Annual administration report of the Civil Veterinary Department of India - 1894-1895
Year: 1894
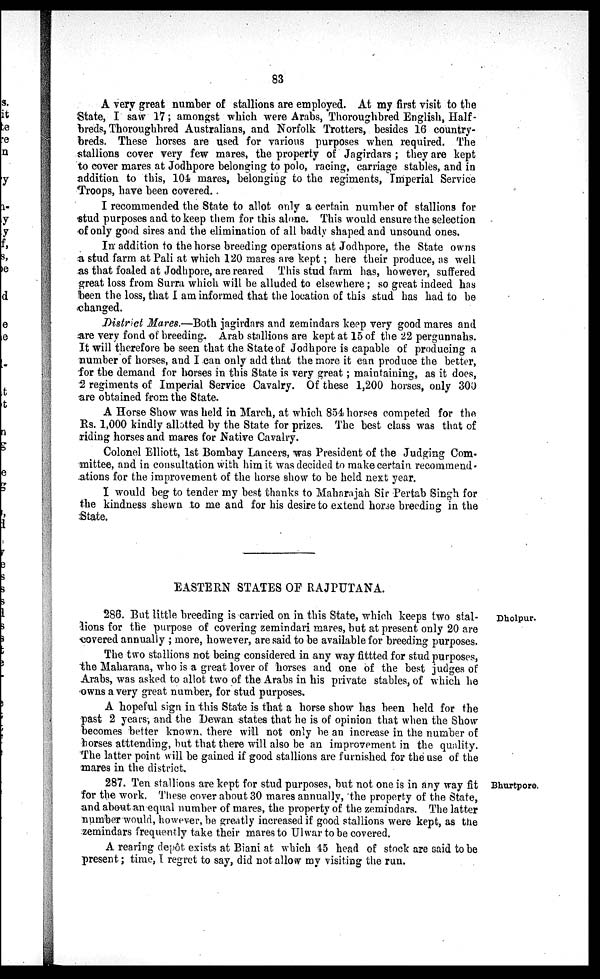
83
A very great number of stallions are employed. At my first visit to the
State, I saw 17; amongst which were Arabs, Thoroughbred English, Half -
breds, Thoroughbred Australians, and Norfolk Trotters, besides 16 country-
breds. These horses are used for various purposes when required. The
stallions cover very few mares, the property of Jagirdars ; they are kept
to cover mares at Jodhpore belonging to polo, racing, carriage stables, and in
addition to this, 104 mares, belonging to the regiments, Imperial Service
Troops, have been covered.
I recommended the State to allot only a certain number of stallions for
stud purposes and to keep them for this alone. This would ensure the selection
of only good sires and the elimination of all badly shaped and unsound ones.
In addition to the horse breeding operations at Jodhpore, the State owns
a stud farm at Pali at which 120 mares are kept; here their produce, as well
as that foaled at Jodhpore, are reared This stud farm has, however, suffered
great loss from Surra which will be alluded to elsewhere; so great indeed has
been the loss, that I am informed that the location of this stud has had to be
changed.
District Mares.—Both jagirdars and zemindars keep very good mares and
are very fond of breeding. Arab stallions are kept at 15 of the 22 pergunnahs.
It will therefore be seen that the State of Jodhpore is capable of producing a
number of horses, and I can only add that the more it can produce the better,
for the demand for horses in this State is very great; maintaining, as it does,
2 regiments of Imperial Service Cavalry. Of these 1,200 horses, only 300
are obtained from the State.
A Horse Show was held in March, at which 854 horses competed for the
Rs. 1,000 kindly allotted by the State for prizes. The best class was that of
riding horses and mares for Native Cavalry.
Colonel Elliott, 1st Bombay Lancers, was President of the Judging Com-
mittee, and in consultation with him it was decided to make certain recommend
ations for the improvement of the horse show to be held next year.
I would beg to tender my best thanks to Maharajah Sir Pertab Singh for
the kindness shewn to me and for his desire to extend horse breeding in the
State.
EASTERN STATES OF RAJPUTANA.
Dholpur.
286. But little breeding is carried on in this State, which keeps two stal-
lions for the purpose of covering zemindari mares, but at present only 20 are
covered annually ; more, however, are said to be available for breeding purposes.
The two stallions not being considered in any way fittted for stud purposes,
the Maharana, who is a great lover of horses and one of the best judges of
Arabs, was asked to allot two of the Arabs in his private stables, of which he
owns a very great number, for stud purposes.
A hopeful sign in this State is that a horse show has been held for the
past 2 years, and the Dewan states that he is of opinion that when the Show
becomes better known, there will not only be an increase in the number of
horses atttending, but that there will also be an improvement in the quality.
The latter point will be gained if good stallions are furnished for the use of the
mares in the district.
Bhurtpore.
287. Ten stallions are kept for stud purposes, but not one is in any way fit
for the work. These cover about 30 mares annually, the property of the State,
and about an equal number of mares, the property of the zemindars. The latter
number would, however, be greatly increased if good stallions were kept, as the
zemindars frequently take their mares to Ulwar to be covered.
A rearing depôt exists at Biani at which 45 head of stock are said to be
present; time, I regret to say, did not allow my visiting the run.